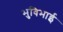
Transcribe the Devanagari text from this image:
भुविभाई